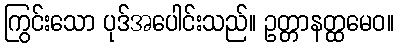
ကြွင်းသော ပုဒ်အပေါင်းသည်။ ဥတ္တာနတ္ထမေဝ။